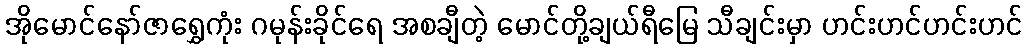
အိုမောင်နော်ဇာရွှေကုံး ဂမုန်းခိုင်ရေ အစချီတဲ့ မောင်တို့ချယ်ရီမြေ သီချင်းမှာ ဟင်းဟင်ဟင်းဟင်